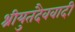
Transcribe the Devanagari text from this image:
श्रीयुतदैववादी